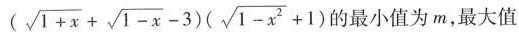
( \sqrt { 1 + x } + \sqrt { 1 - x } - 3 ) ( \sqrt { 1 - x ^ { 2 } } + 1 )$$ 的最小值为m，最大值